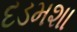
દડમશા